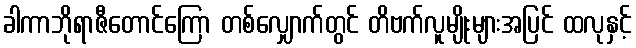
ခါကာဘိုရာဇီတောင်ကြော တစ်လျှောက်တွင် တိဗက်လူမျိုးများအပြင် ထလုနှင့်